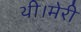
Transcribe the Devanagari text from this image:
थी।मेरी